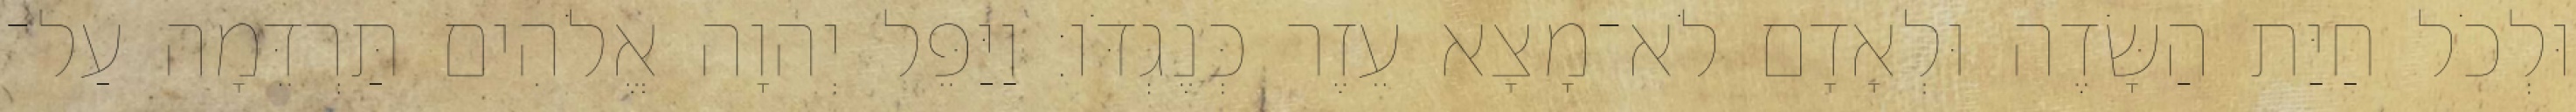
וּלְכֹל חַיַּת הַשָּׂדֶה וּלְאָדָם לֹא־מָצָא עֵזֶר כְּנֶגְדֹּו׃ וַיַּפֵּל יְהוָה אֱלֹהִים תַּרְדֵּמָה עַל־